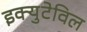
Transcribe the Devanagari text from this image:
इक्युटेविल